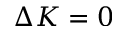
\Delta K = 0